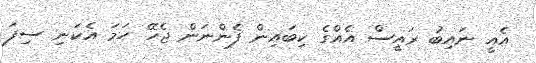
އެއީ ނައިބު ރައީސް އެއްގެ ކިބައިން ފެންނަން ޖެހޭ ހަމަ އެކަނި ސިފަ